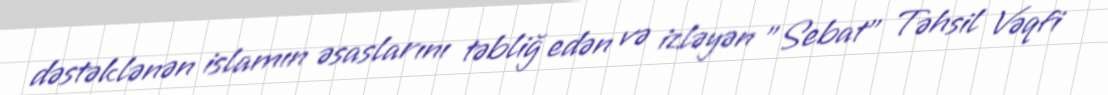
dəstəklənən islamın əsaslarını təbliğ edən və izləyən "Sebat" Təhsil Vəqfi